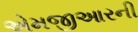
એમજીઆરની